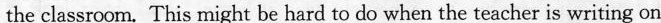
the classroom. This might be hard to do when the teacher is writing on